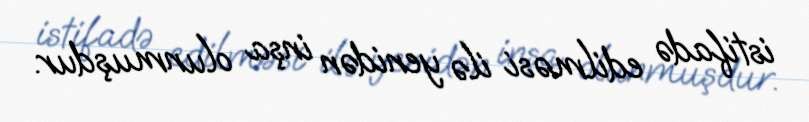
istifadə edilməsi ilə yenidən inşa olunmuşdur.